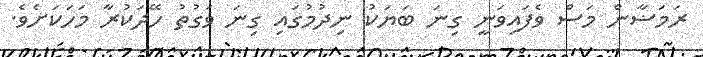
ރަމަޟާން މަސް ވެފައިވަނީ ގިނަ ބަޔަކު ނިދުމުގައި ގިނަ ވަގުތު ހޭދަކުރާ މަހަކަށެވެ.